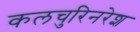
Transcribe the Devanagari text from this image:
कलचुरिनरेश